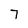
Character: 7